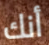
أنك